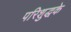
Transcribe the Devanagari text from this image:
परिशुद्धके